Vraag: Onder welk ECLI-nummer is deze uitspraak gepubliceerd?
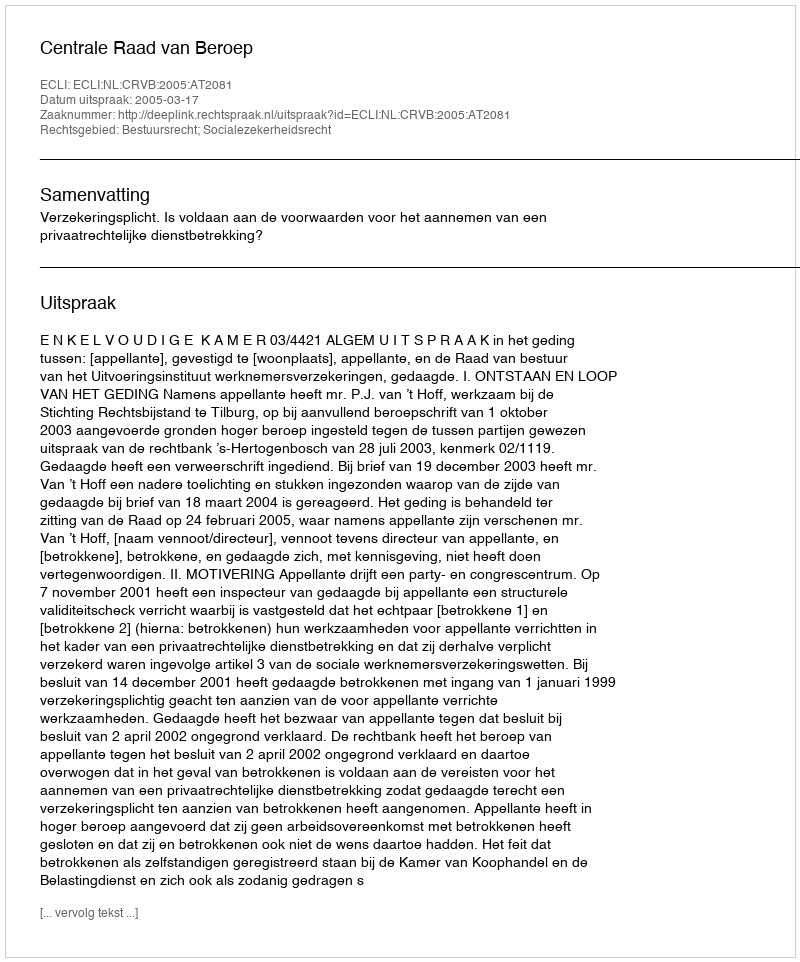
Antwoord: ECLI:NL:CRVB:2005:AT2081